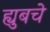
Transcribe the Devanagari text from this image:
ह्युबचे